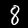
Label: 8